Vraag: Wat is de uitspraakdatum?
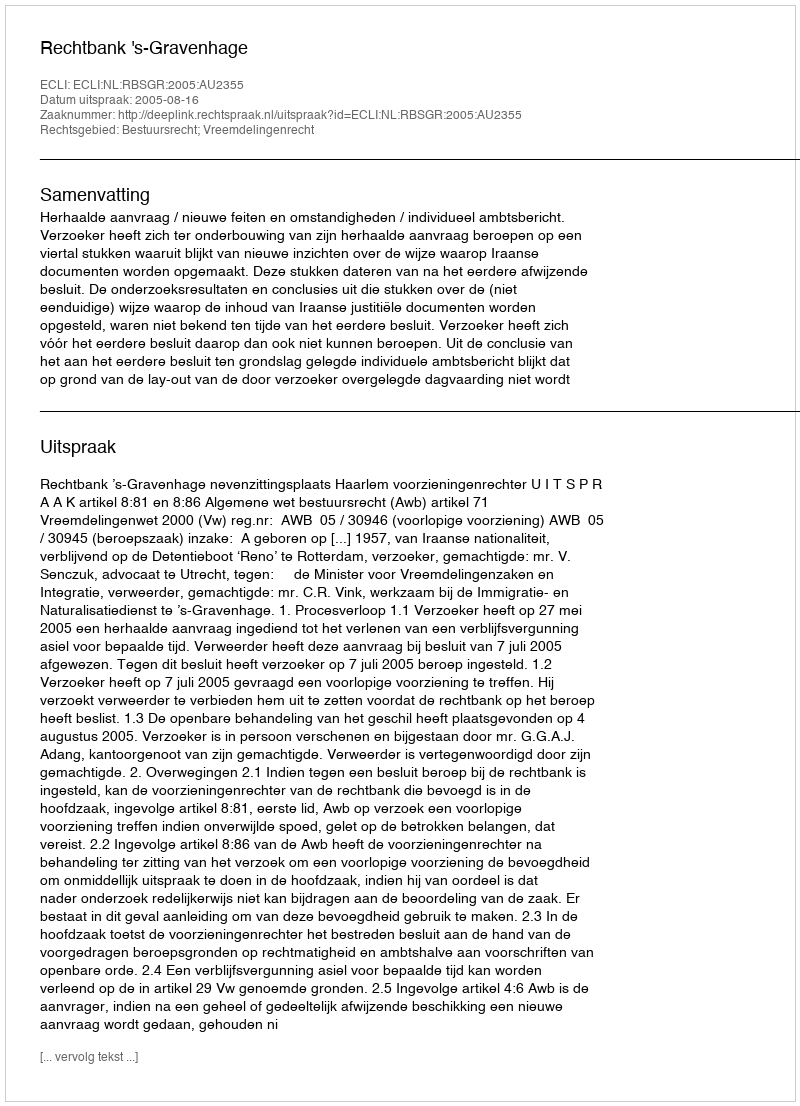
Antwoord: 2005-08-16